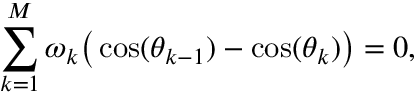
\sum _ { k = 1 } ^ { M } \omega _ { k } \big ( \cos ( \theta _ { k - 1 } ) - \cos ( \theta _ { k } ) \big ) = 0 ,